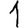
Digit: 1